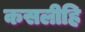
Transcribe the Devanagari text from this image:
कसलीहि